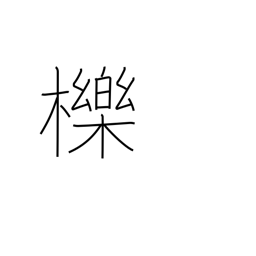
Meaning: oak for charcoal